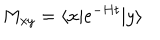
LaTeX: M _ { x y } = \langle x | e ^ { - H t } | y \rangle